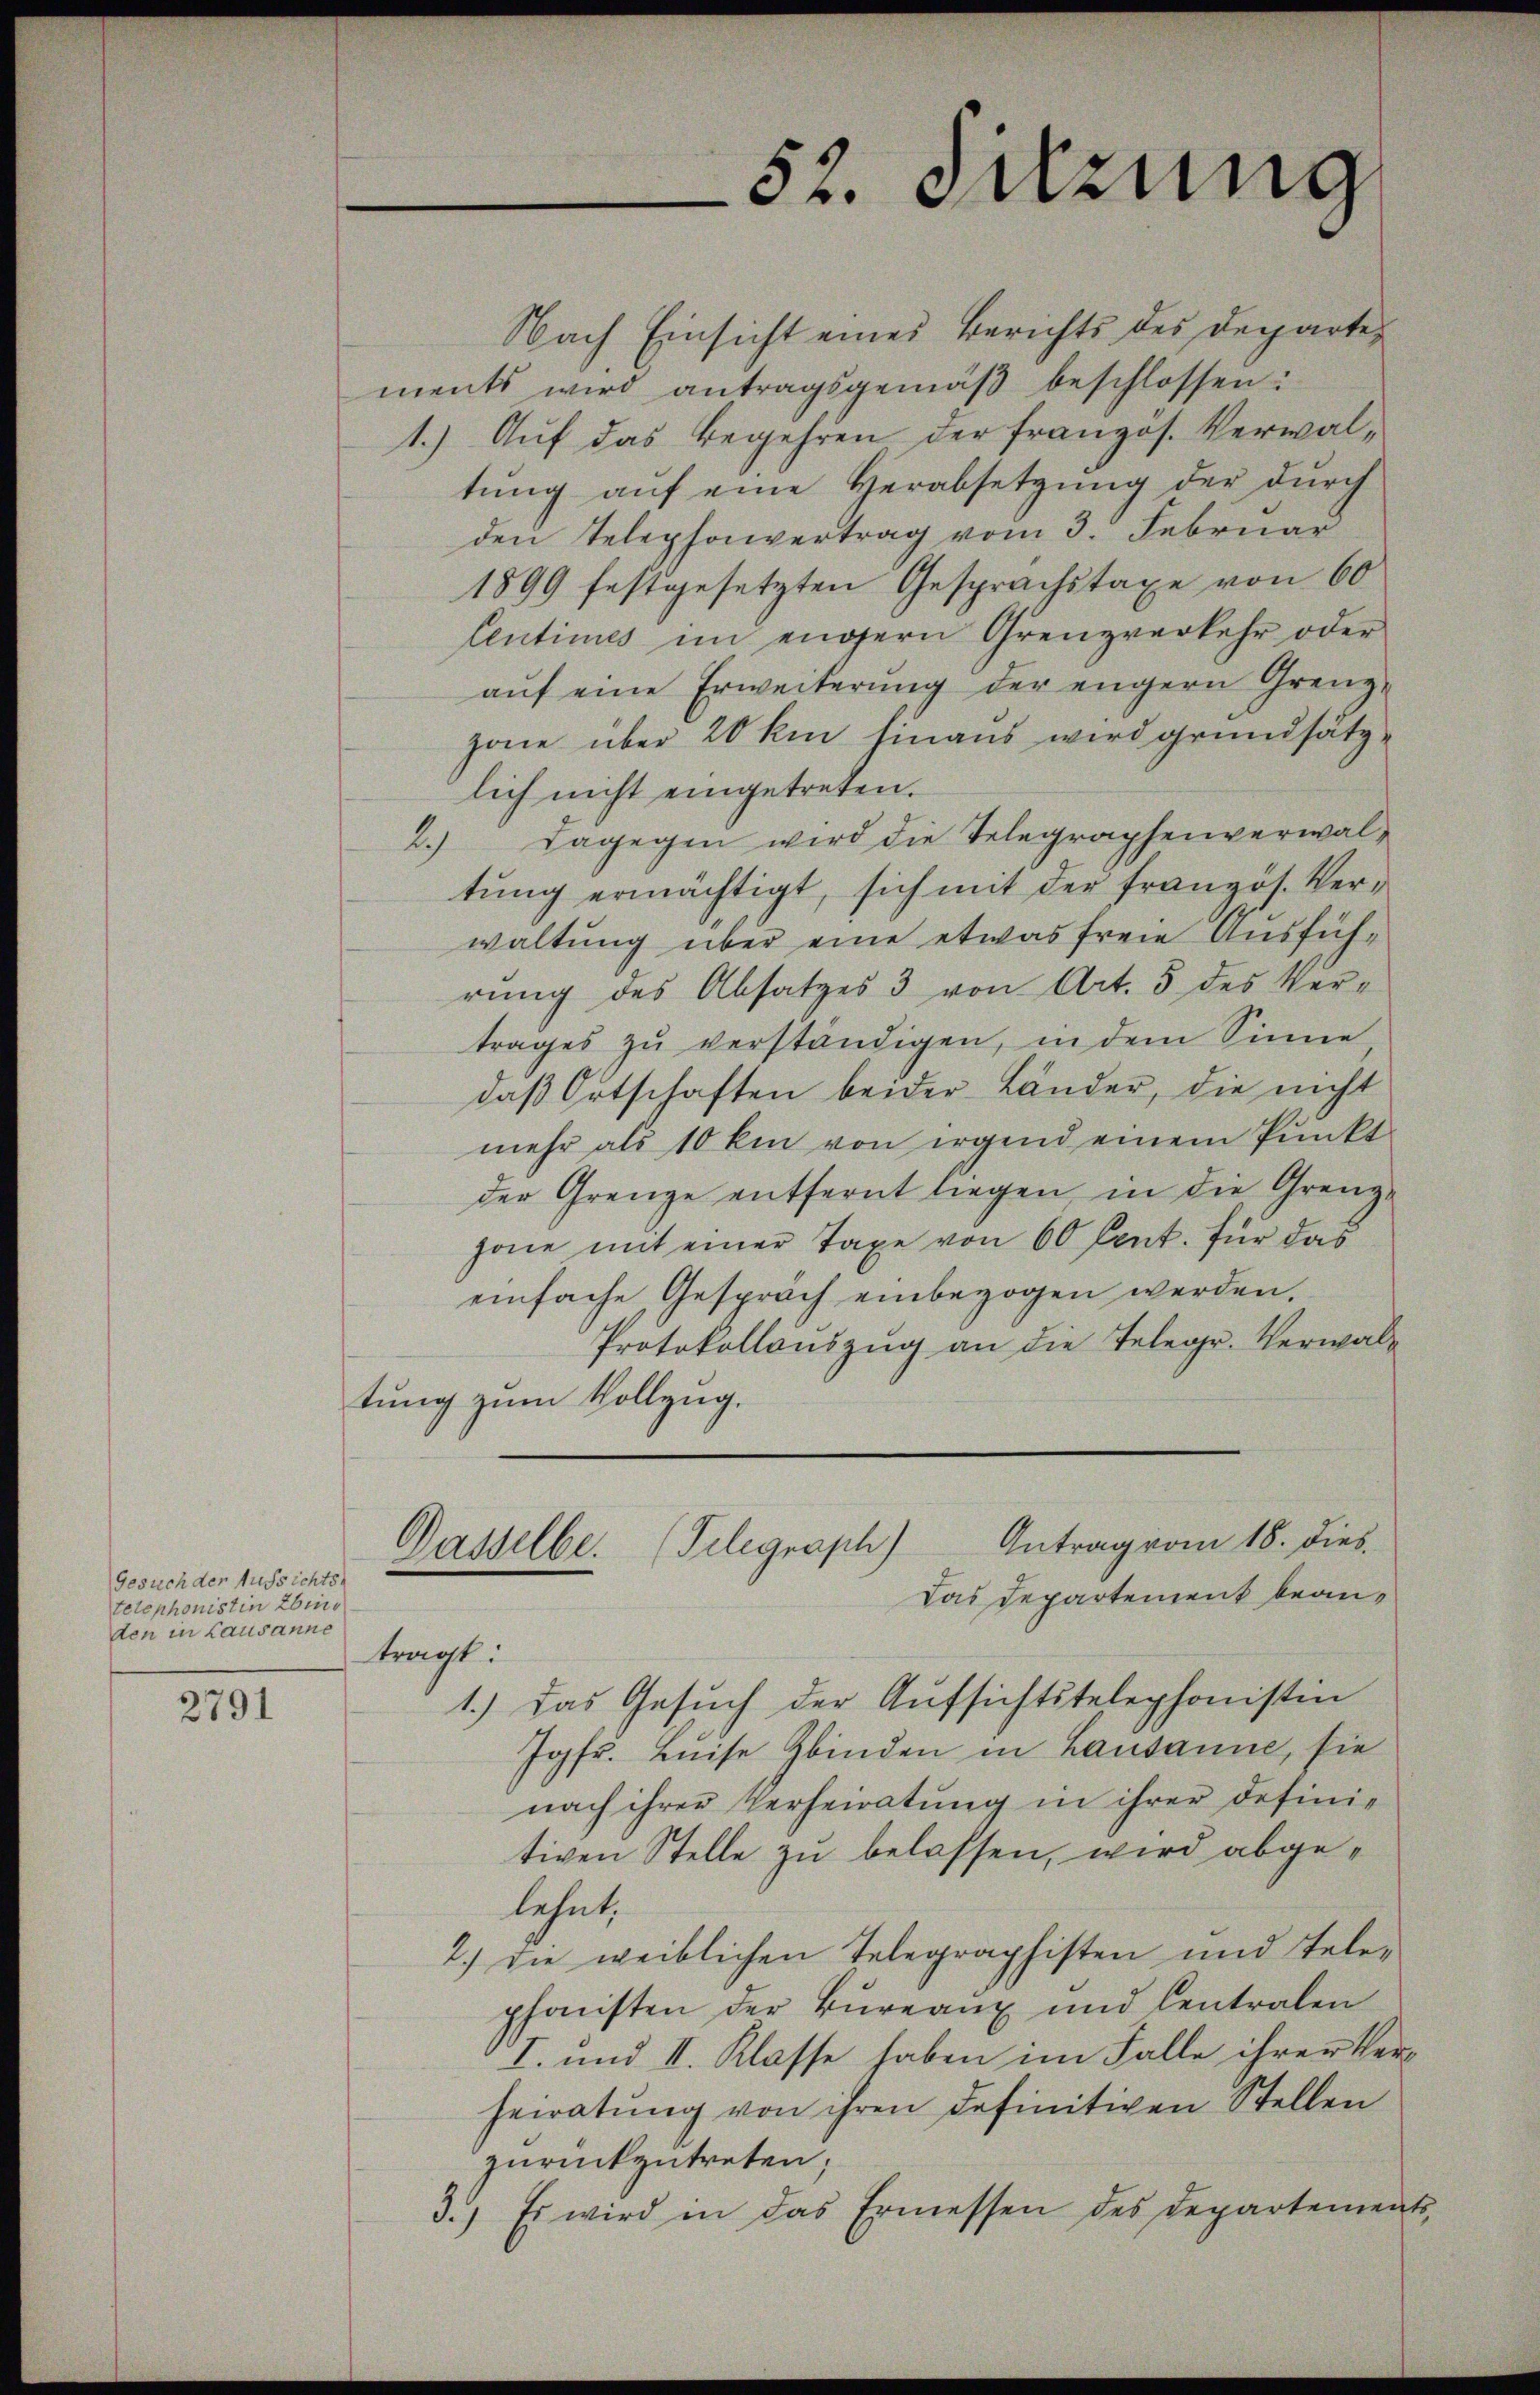
Gesuch der Aussichts-
telephonistin Ebing
den in Lausanne

2791

Nach Einsicht eines Berichts des Departements wird antragsgemäβ beschlossen:
1.) Auf das Begehren der französ. Verwaltŭng aŭf eine Herabsetzŭng der dŭrch
den Telephonvertrag vom 3. Februar
1899 festgesetzten Gesprächstaxe von 60
lentimes im engern Grenzverkehr oder
aŭf eine Erweiterŭng der engern Grenz-
zone über 20 km hinaus wird grundsätzlich nicht eingetreten.
2.) Dagegen wird die Telegraphenverwaltung ermächtigt, sich mit der französ. Verwaltung über eine etwas freie Ausführŭng des Absatzes 3 von Art. 5 des Ver-
trages zŭ verständigen, in dem Sinne
daβ Ortschaften beider Länder, die nicht
mehr als 10 km von irgend einem Punkt
der Grenze entfernt liegen in die Grenz-
zone mit einer Taxe von 60 Cent. für das
einfache Gespräch einbezogen werden.
Protokollauszug an die Telegr. Verwaltung zum Vollzug.
Gasselbe. (Telegraph) Antrag vom 18. dies
Das Departement beantragt:
1.) Das Gesŭch der Aŭfsichtstelephonisten
Jgfr. Beise binden in Lausanne, sie
nach ihrer Verheiratung in ihrer definie
tiven Stelle zu belassen, wird abgelehnt,
2.) Die weiblichen Telegraphisten und Tele-
phonsten der Bureaux und Centralen
I. und II. Klasse haben im Falle ihrer Verheiratung von ihren definitiven Stellen
zurückzutreten;
3.) Es wird in das Ermessen des Departements,

52. Setzung